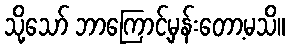
သို့သော် ဘာကြောင့်မှန်းတော့မသိ။